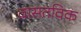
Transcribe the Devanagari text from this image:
वासतविक